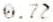
0.72